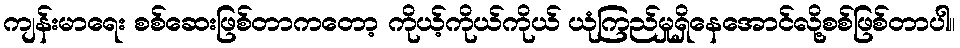
ကျန်းမာရေး စစ်ဆေးဖြစ်တာကတော့ ကိုယ့်ကိုယ်ကိုယ် ယုံကြည်မှုရှိနေအောင်လို့စစ်ဖြစ်တာပါ။